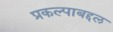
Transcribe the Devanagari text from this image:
प्रकल्पाबद्दल